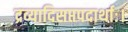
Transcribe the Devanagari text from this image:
द्रव्यादिसप्तपदार्थाः।